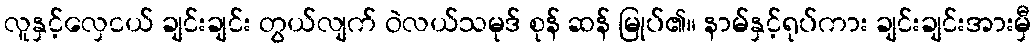
လူနှင့်လှေငယ် ချင်းချင်း တွယ်လျက် ဝဲလယ်သမုဒ် စုန် ဆန် မြုပ်၏။ နာမ်နှင့်ရုပ်ကား ချင်းချင်းအားမှီ